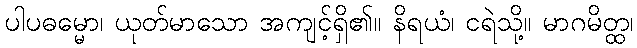
ပါပဓမ္မော၊ ယုတ်မာသော အကျင့်ရှိ၏။ နိရယံ၊ ငရဲသို့။ မာဂမိတ္ထ၊